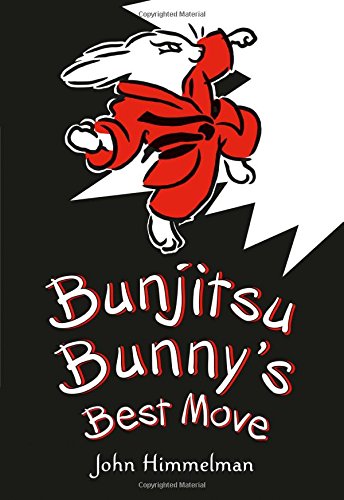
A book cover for Bunjitsu Bunny's Best Move; John Himmelman; Children's Books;